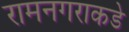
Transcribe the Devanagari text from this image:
रामनगराकडे